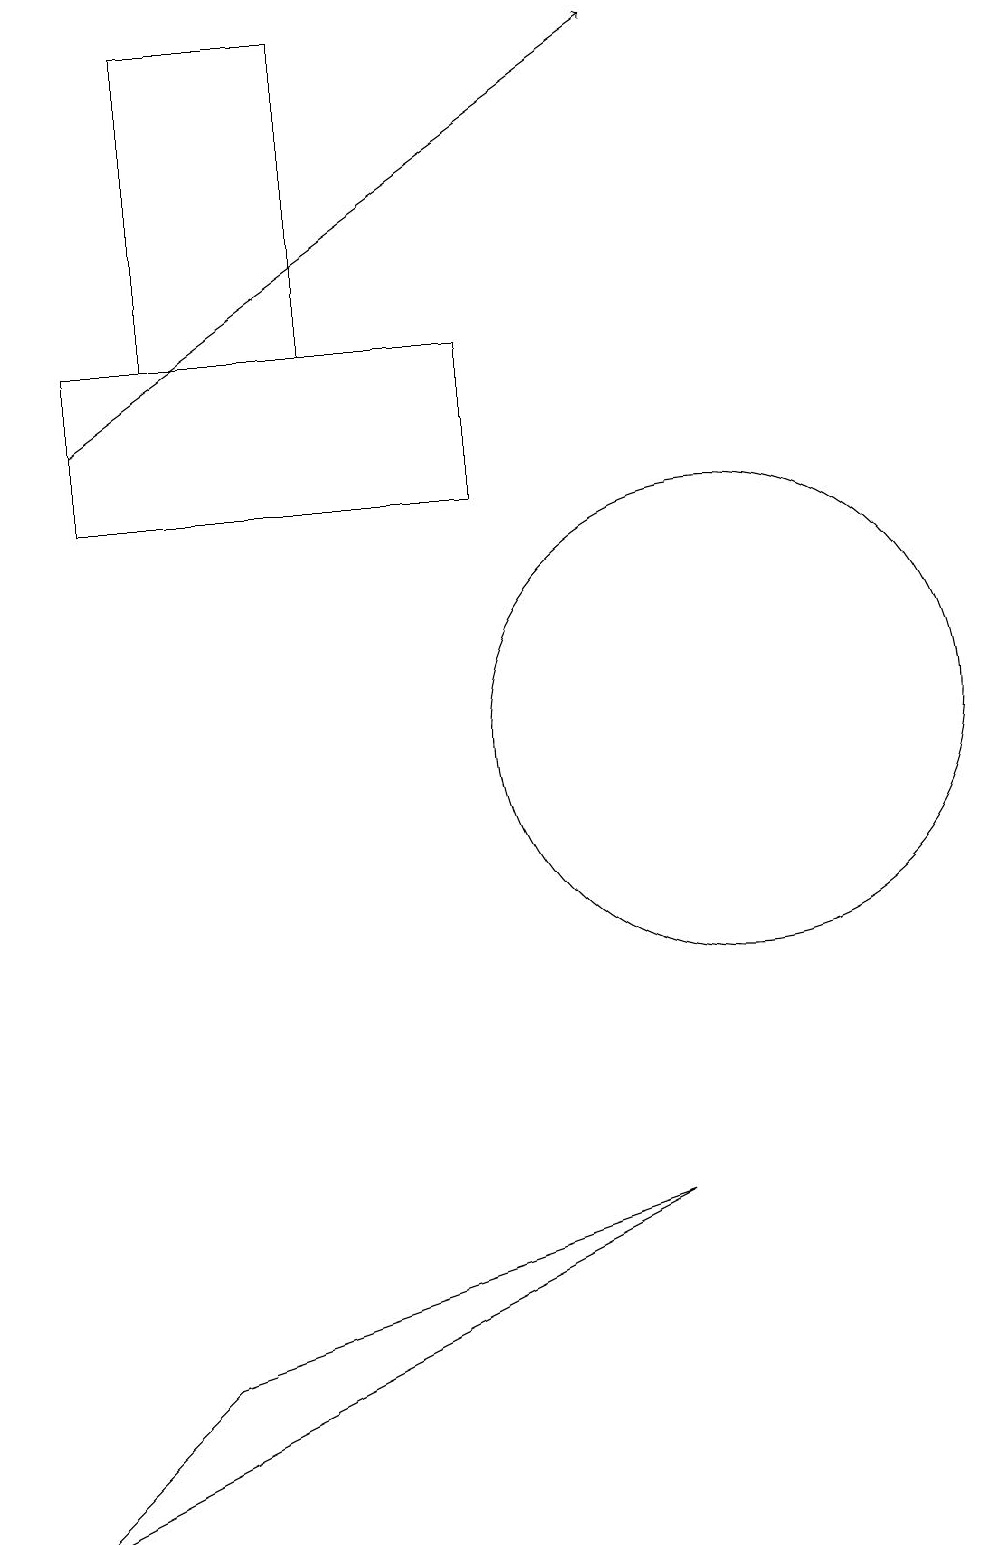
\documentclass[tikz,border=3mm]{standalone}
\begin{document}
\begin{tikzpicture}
\draw (3,19) rectangle (5,15);
\draw[->] (2,14) -- (9,19);
\draw (1,0) -- (9,4) -- (3,2) -- cycle;
\draw (10,10) circle (3);
\draw (2,13) rectangle (7,15);
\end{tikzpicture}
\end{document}